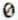
0